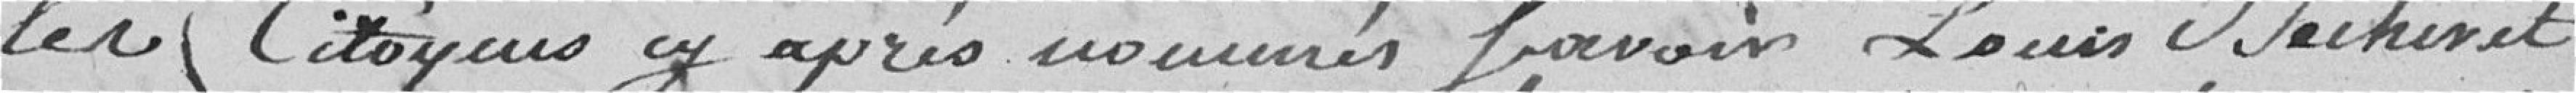
les citoyens cy après nommés Lavoir Louis Bechivet